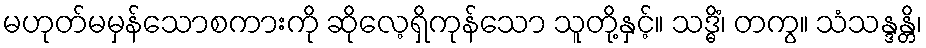
မဟုတ်မမှန်သောစကားကို ဆိုလေ့ရှိကုန်သော သူတို့နှင့်။ သဒ္ဓိံ၊ တကွ။ သံသန္ဒန္တိ၊